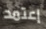
إعتمد